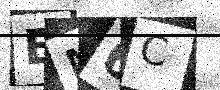
Text: EN6C